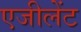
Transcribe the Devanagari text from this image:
एजीलेंट